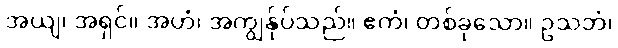
အယျ၊ အရှင်။ အဟံ၊ အကျွန်ုပ်သည်။ ဧကံ၊ တစ်ခုသော။ ဥသဘံ၊